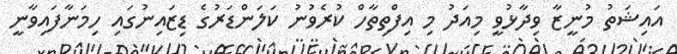
އައިޝަތު މުނީޒާ ވިދާޅުވީ މިއަދު މި އިފްތިތާހް ކުރެވުނު ކަލަންޑަރުގެ ޑިޒައިނުގައި ހިމަނާފައިވާނީ